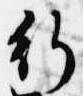
行